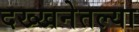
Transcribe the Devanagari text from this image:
दख्खनेतल्या